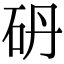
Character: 砃